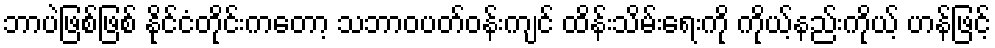
ဘာပဲဖြစ်ဖြစ် နိုင်ငံတိုင်းကတော့ သဘာဝပတ်ဝန်းကျင် ထိန်းသိမ်းရေးကို ကိုယ့်နည်းကိုယ့် ဟန်ဖြင့်